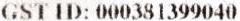
GST ID: 000381399040